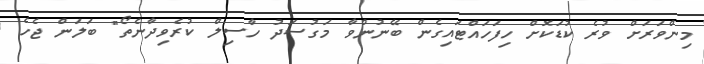
މިންވަރަށް ވުރެ ކުޑަކޮށް ހިފަހައްޓައިގެން ބޭނުންވާ މަގުސަދު ހާސިލް ކުރެވިދާނެތޯ" ބަލަން ޖެހެ